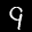
Digit: 9